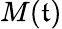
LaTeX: M(\mathfrak{t})